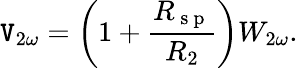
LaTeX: \mathtt{V}_{2\omega}=\left(1+\frac{{R_{\mathrm{{~s~p~}}}}}{{R_{2}}}\right)W_{2\omega}{.}